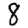
Digit: 8